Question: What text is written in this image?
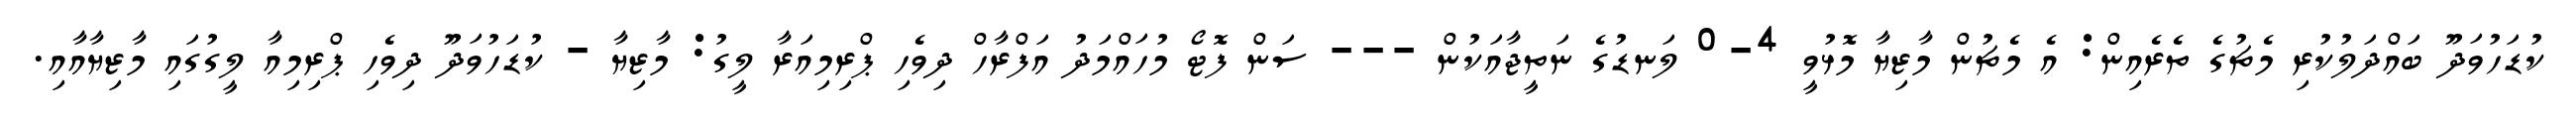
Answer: ކުޑަހުވަދޫ ބައްދަލުކުރި މެޗުގެ ތެރެއިން: އެ މެޗުން މާޒިޔާ މޮޅުވީ 4-0 ލަނޑުގެ ނަތީޖާއަކުން --- ސަން ފޮޓޯ މުހައްމަދު އަފްރާހް ދިވެހި ޕްރިމިއަރާ ލީގު: މާޒިޔާ - ކުޑަހުވަދޫ ދިވެހި ޕްރިމިއާ ލީގުގައި މާޒިޔާއާއި.